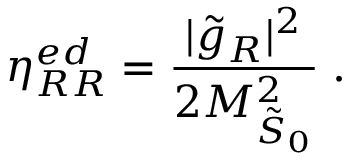
\eta _ { R R } ^ { e d } = \frac { | \tilde { g } _ { R } | ^ { 2 } } { 2 M _ { \tilde { \cal S } _ { 0 } } ^ { 2 } } \; .